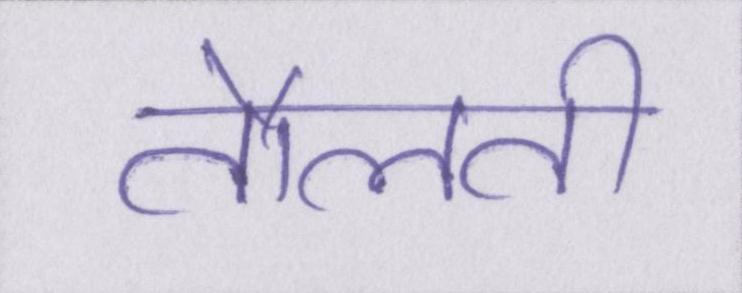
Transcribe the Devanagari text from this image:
तौलती